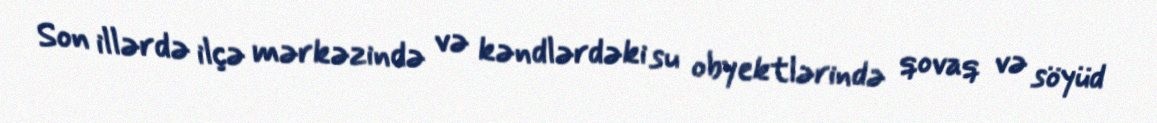
Son illərdə ilçə mərkəzində və kəndlərdəki su obyektlərində qovaq və söyüd